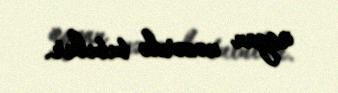
üsyan nəzərdə tutulur.